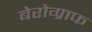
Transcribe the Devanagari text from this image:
बेरोग्राफ